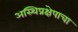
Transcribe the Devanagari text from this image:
अस्थिप्रक्षेपाचा